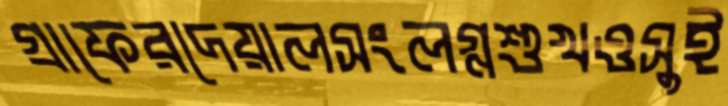
গ্রাফেরদেয়ালসংলগ্নশুখওসুই